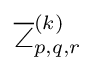
{\textstyle {\overline {\angle }}_{p,q,r}^{(k)}}